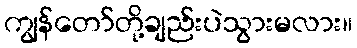
ကျွန်တော်တို့ချည်းပဲသွားမလား။